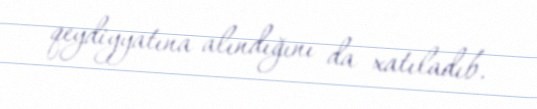
qeydiyyatına alındığını da xatıladıb.